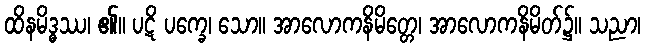
ထိနမိဒ္ဓဿ၊ ၏။ ပဋိ ပက္ခေ၊ သော။ အာလောကနိမိတ္တေ၊ အာလောကနိမိတ်၌။ သညာ၊